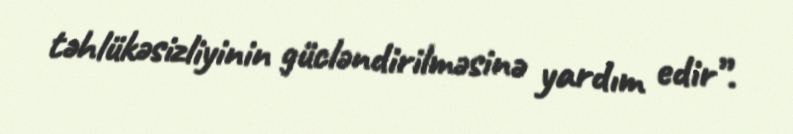
təhlükəsizliyinin gücləndirilməsinə yardım edir”.